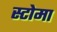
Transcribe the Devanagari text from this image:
स्टोमा